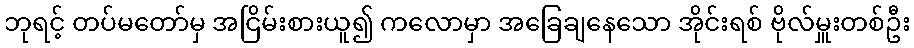
ဘုရင့် တပ်မတော်မှ အငြိမ်းစားယူ၍ ကလောမှာ အခြေချနေသော အိုင်းရစ် ဗိုလ်မှူးတစ်ဦး